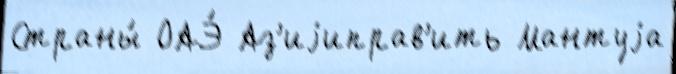
Страны́ ОАЭ́ Аз'иjиправ'ить Мантуjа